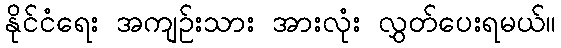
နိုင်ငံရေး အကျဉ်းသား အားလုံး လွှတ်ပေးရမယ်။